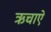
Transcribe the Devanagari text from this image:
ऋचाऐ